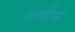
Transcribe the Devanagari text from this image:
जर्मीन